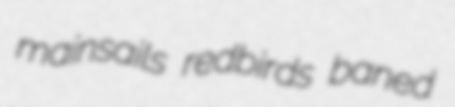
mainsails redbirds baned